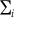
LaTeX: \textstyle \sum _ { i }